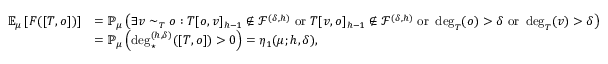
\begin{array} { r l } { \mathbb { E } _ { \mu } \left[ F ( [ T , o ] ) \right] } & { = \mathbb { P } _ { \mu } \left( \exists v \sim _ { T } o : T [ o , v ] _ { h - 1 } \notin \mathcal { F } ^ { ( \delta , h ) } \mathrm { ~ o r ~ } T [ v , o ] _ { h - 1 } \notin \mathcal { F } ^ { ( \delta , h ) } \mathrm { ~ o r ~ } \deg _ { T } ( o ) > \delta \mathrm { ~ o r ~ } \deg _ { T } ( v ) > \delta \right) } \\ & { = \mathbb { P } _ { \mu } \left( \deg _ { \star } ^ { ( h , \delta ) } ( [ T , o ] ) > 0 \right) = \eta _ { 1 } ( \mu ; h , \delta ) , } \end{array}